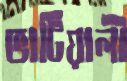
ভাটিয়ালী